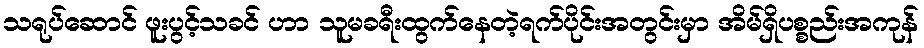
သရုပ်ဆောင် ဖူးပွင့်သခင် ဟာ သူမခရီးထွက်နေတဲ့ရက်ပိုင်းအတွင်းမှာ အိမ်ရှိပစ္စည်းအကုန်